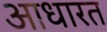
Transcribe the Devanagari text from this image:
आधारत